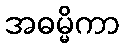
အဓမ္မိကာ